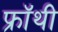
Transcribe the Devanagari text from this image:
फ्रॉथी